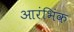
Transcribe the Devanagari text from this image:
आरंभिंक